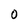
Character: O